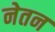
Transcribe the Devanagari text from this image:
नेतन